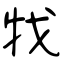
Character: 牫